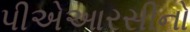
પીએઆરસીનો